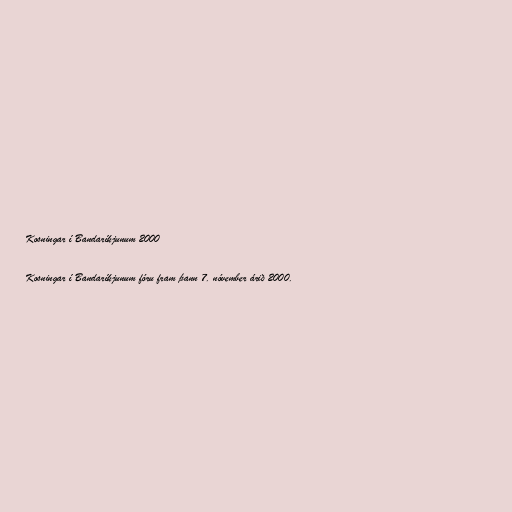
Kosningar í Bandaríkjunum 2000

Kosningar í Bandaríkjunum fóru fram þann 7. nóvember árið 2000.